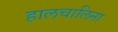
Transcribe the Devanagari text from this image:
हालचालिना